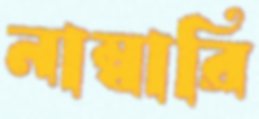
নাম্বারি